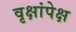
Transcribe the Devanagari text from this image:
वृक्षांपेक्ष